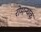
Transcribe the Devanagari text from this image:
रोमन्थक